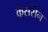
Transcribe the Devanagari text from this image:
कॅसरीन